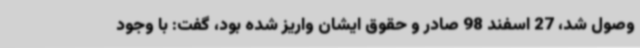
وصول شد، 27 اسفند 98 صادر و حقوق ایشان واریز شده بود، گفت: با وجود